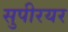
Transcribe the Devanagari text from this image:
सुपीरयर